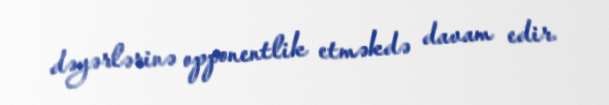
dəyərlərinə opponentlik etməkdə davam edir.